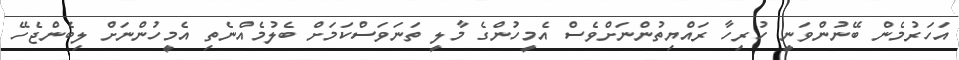
އަހަރުމެން ބޭނުންވަނީ ހުރިހާ ރައްޔިތުންނަށްވެސް އެމީހުންގެ މާލީ ތަނަވަސްކަމަށް ބެލުމެއްނެތި އެމީހުންނަށް ލިބެންޖެހޭ